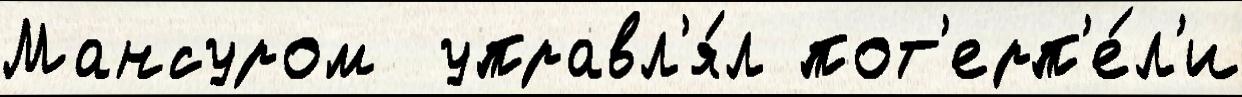
Мансуром  управл'я́л пот'ерп'е́л'и